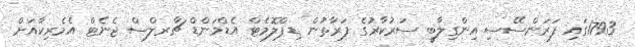
1793ގައި ފަރަންސޭސި އިންގިލާބީ ސަރުކާރުގެ ފަރާތުން ޑިޕްލޮމެޓް އެޑްމަންޑް ޗާރލްސް ޖެނެޓް އެމެރިކާއަށް